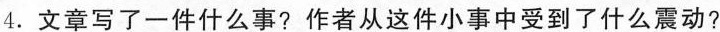
4.文章写了一件什么事?作者从这件小事中受到了什么震动?